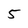
Character: 5